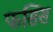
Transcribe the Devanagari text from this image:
फसिस